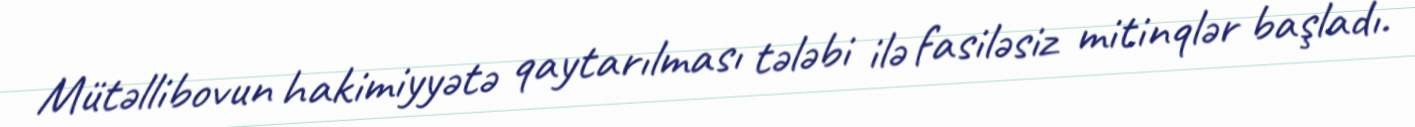
Mütəllibovun hakimiyyətə qaytarılması tələbi ilə fasiləsiz mitinqlər başladı.